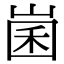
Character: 𡹤